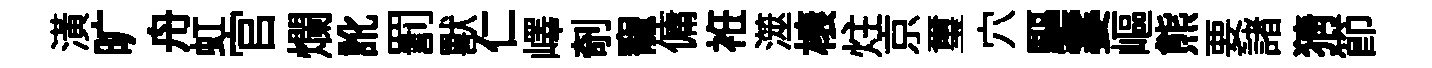
潢旷舟虹官爛訛罰獸仁嶧剞寵傭袵澨榱炷京璽穴驅霎嶇熊要諸猜節